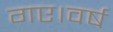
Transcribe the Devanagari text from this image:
गए।वर्ष